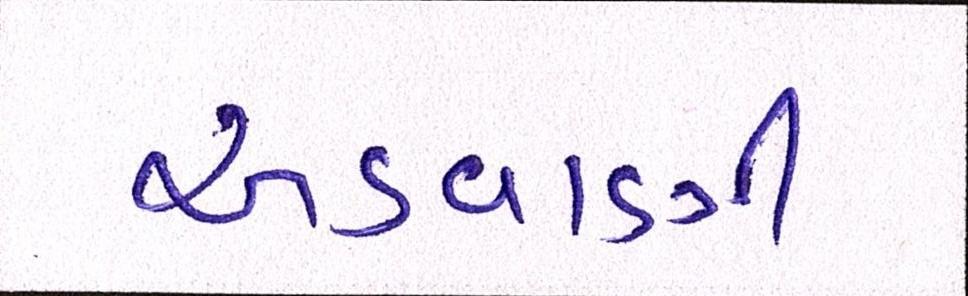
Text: અડવાણી